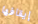
إيقافها